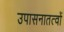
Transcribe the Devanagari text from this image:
उपासनातत्वों